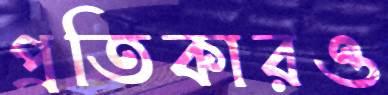
প্রতিকারও